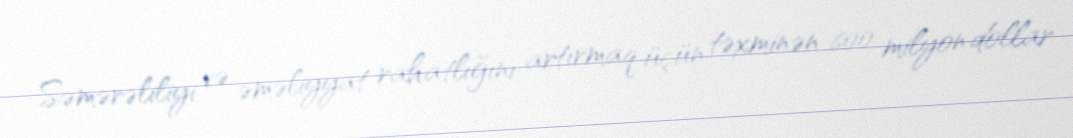
Səmərəliliyi və əməliyyat rahatlığını artırmaq üçün təxminən 600 milyon dollar